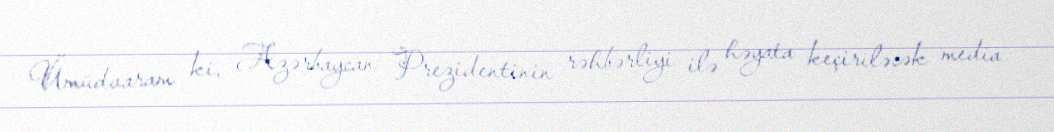
Ümüdvaram ki, Azərbaycan Prezidentinin rəhbərliyi ilə həyata keçiriləcək media